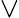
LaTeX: \vee